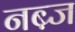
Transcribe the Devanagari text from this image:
नब़्ज